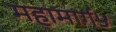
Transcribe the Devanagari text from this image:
महामार्ग५